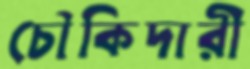
চৌকিদারী